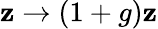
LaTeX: \mathbf{z}\rightarrow(1+g)\mathbf{z}